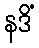
နဒိံ